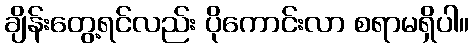
ချိန်းတွေ့ရင်လည်း ပိုကောင်းလာ စရာမရှိပါ။